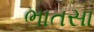
ભાતસા